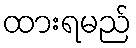
ထားရမည်